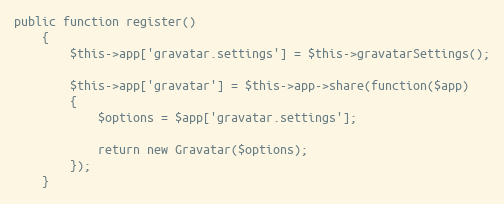
Language: PHP
public function register()
    {
        $this->app['gravatar.settings'] = $this->gravatarSettings();

        $this->app['gravatar'] = $this->app->share(function($app)
        {
            $options = $app['gravatar.settings'];

            return new Gravatar($options);
        });
    }